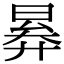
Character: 𣈠